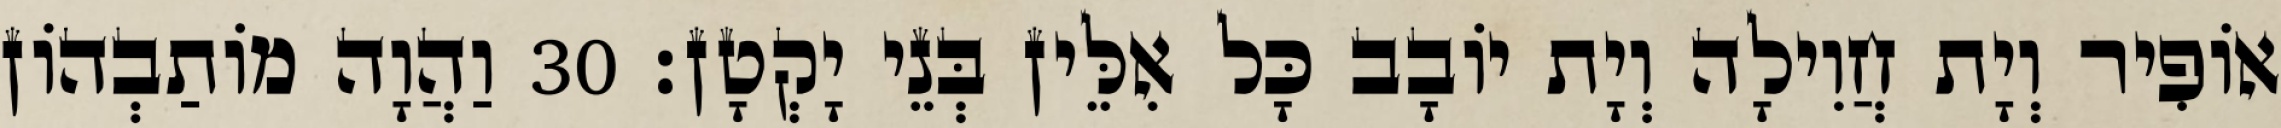
אוֹפִיר וְיָת חֲוִילָה וְיָת יוֹבָב כָּל אִלֵּין בְּנֵי יָקְטָן׃ 30 וַהֲוָה מוֹתַבְהוֹן